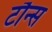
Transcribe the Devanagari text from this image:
टौन्स